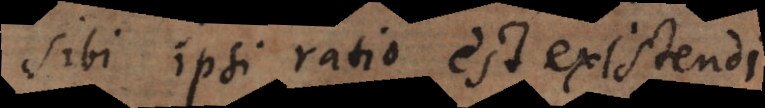
sibi ipsi ratio est existendi.